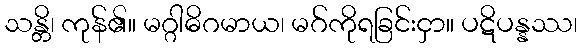
သန္တိ၊ ကုန်၏။ မဂ္ဂါဓိဂမာယ၊ မဂ်ကိုရခြင်းငှာ။ ပဋိပန္နဿ၊